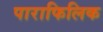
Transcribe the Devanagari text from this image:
पाराफिलिक